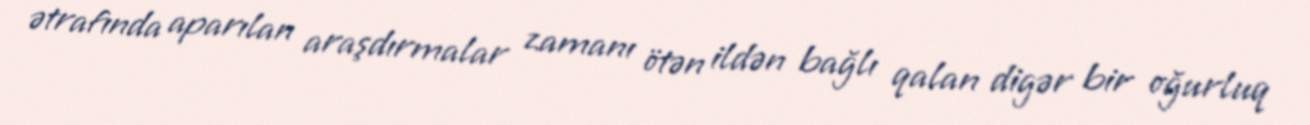
ətrafında aparılan araşdırmalar zamanı ötən ildən bağlı qalan digər bir oğurluq